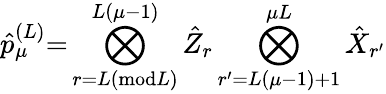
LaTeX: \hat{p}_{\mu}^{(L)}{=}\bigotimes_{r=L(\textrm{mod}L)}^{L(\mu-1)}\hat{Z}_{r}\bigotimes_{r^{\prime}=L(\mu-1)+1}^{\mu L}\hat{X}_{r^{\prime}}